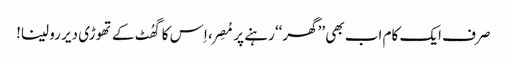
صرف ایک کام اب بھی ’’گھر‘‘ رہنے پر مُصِر، اِس کا گھُٹ کے تھوڑی دیر رو لینا!